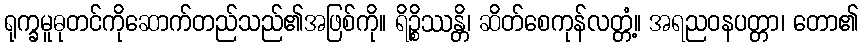
ရုက္ခမူဓုတင်ကိုဆောက်တည်သည်၏အဖြစ်ကို။ ရိဉ္စိဿန္တိ၊ ဆိတ်စေကုန်လတ္တံ့။ အရညဝနပတ္တာ၊ တော၏